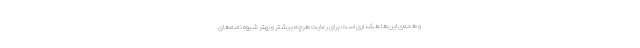
و همه‌ی این‌ها هشداری است برای رعایت هرچه بیشتر و بهتر شیوه نامه‌های